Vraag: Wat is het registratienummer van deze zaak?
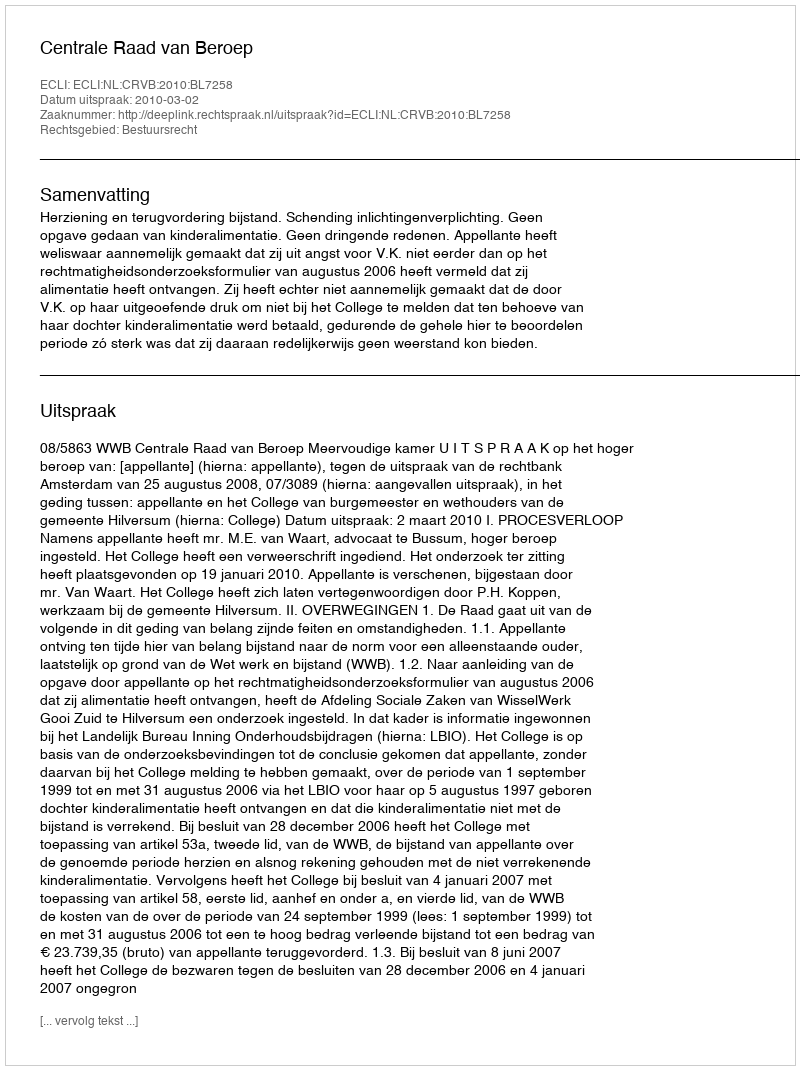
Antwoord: http://deeplink.rechtspraak.nl/uitspraak?id=ECLI:NL:CRVB:2010:BL7258